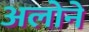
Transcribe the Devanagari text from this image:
अलोने